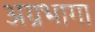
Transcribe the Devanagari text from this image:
अग्रभागा